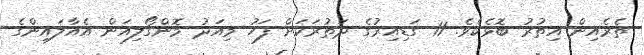
ތެރެއިން އިތުރު ބޮޅެކެެވެ. 11 ގަޑިއިރުގެ ދަތުރަކަށް ފަހު މިއަދު މޮންގޯލިއަން އެއާލައިންގެ